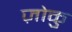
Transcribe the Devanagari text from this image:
ज़ोकु